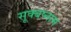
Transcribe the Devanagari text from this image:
सूक्बष्नाम